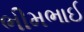
ભીમભાઈ